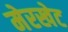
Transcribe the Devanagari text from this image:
मेरखेट